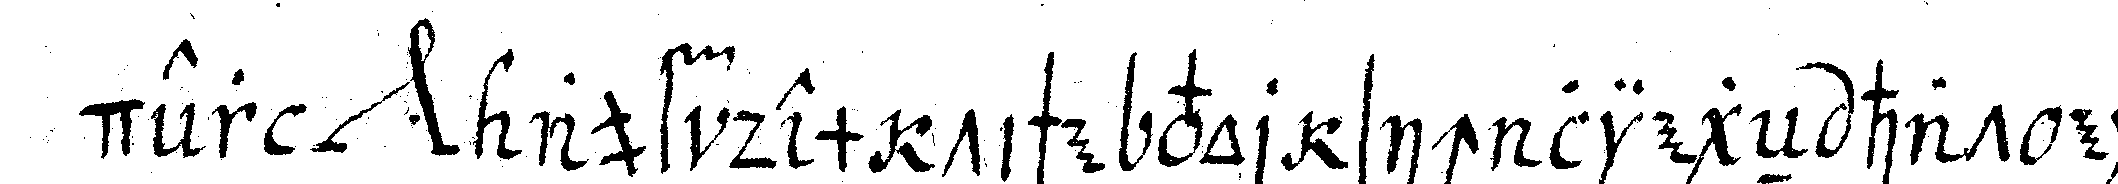
der *nee* auf dem tische vor sich liegeN hat ein